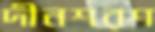
দীনশরণ